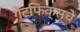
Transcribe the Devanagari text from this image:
गेटफिक्सचे